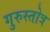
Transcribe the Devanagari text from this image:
गुरुस्तोत्र